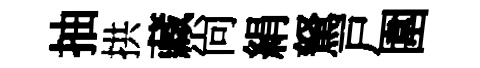
抽拱藏尚絹駑戸圍